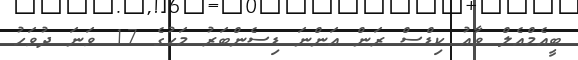
ބީއެމްއެލް ވާއު ކިޑްސް ރަން އަންނަ ޑިސެންބަރު މަހުގެ 17 ވަނަ ދުވަހު